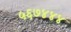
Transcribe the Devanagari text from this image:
५६७४४४